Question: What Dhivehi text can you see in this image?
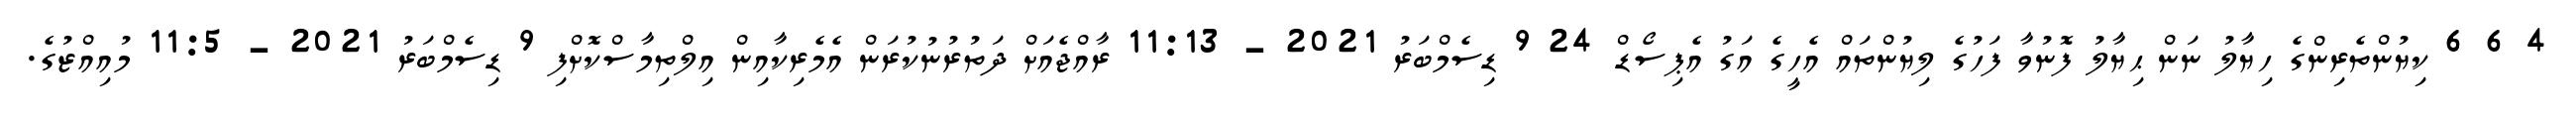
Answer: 4 6 6 ކިޔުންތެރިންގެ ހިޔާލު ނަން ޙިޔާލު ފޮނުވާ ފަހުގެ ލިޔުންތައް އެހީގެ އަގު އެޕިސޯޑް 24 9 ޑިސެމްބަރު 2021 - 11:13 ރާއްޖެއަށް ދަތުރުނުކުރަން އެމެރިކާއިން އިލްތިމާސްކޮށްފި 9 ޑިސެމްބަރު 2021 - 11:5 މުއިއްޒުގެ.